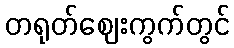
တရုတ်ဈေးကွက်တွင်